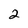
Character: 2